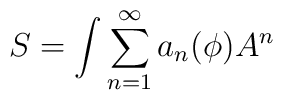
S = \int \sum_{n=1}^{\infty} a_n(\phi) A^n